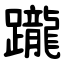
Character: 躘